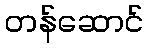
တန်ဆောင်